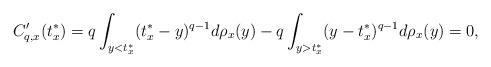
LaTeX: \begin{align*}C'_{q,x}(t^*_x)=q\int_{y<t^*_x}(t^*_x-y)^{q-1}d\rho_x(y)-q\int_{y>t^*_x}(y-t^*_x)^{q-1}d\rho_x(y)=0,\end{align*}